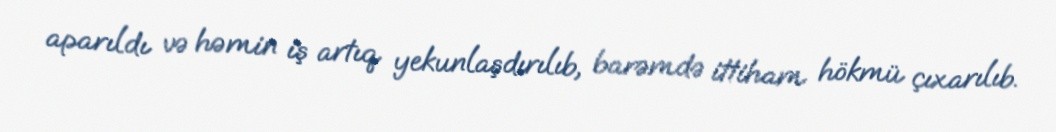
aparıldı və həmin iş artıq yekunlaşdırılıb, barəmdə ittiham hökmü çıxarılıb.